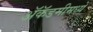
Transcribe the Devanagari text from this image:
अॅकॅडमीमध्ये